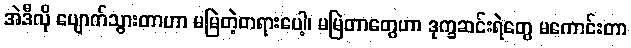
အဲဒီလို ပျောက်သွားတာဟာ မမြဲတဲ့တရားပေါ့၊ မမြဲတာတွေဟာ ဒုက္ခဆင်းရဲတွေ မကောင်းတာ